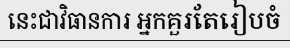
នេះជាវិធានការ អ្នកគួរតែរៀបចំ